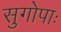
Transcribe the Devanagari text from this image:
सुगोपाः